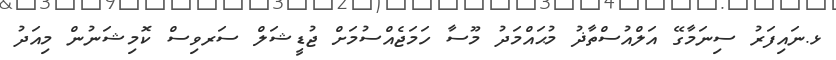
ޅ.ނައިފަރު ސިނަމާގޭ އަލްއުސްތާޛު މުޙައްމަދު މޫސާ ހަމަޖެއްސުމަށް ޖުޑީޝަލް ސަރވިސް ކޮމިޝަނުން މިއަދު